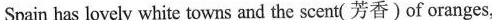
Spain has lovely white towns and the scent( 芳香)of oranges,